Riigikantselei, lk 130
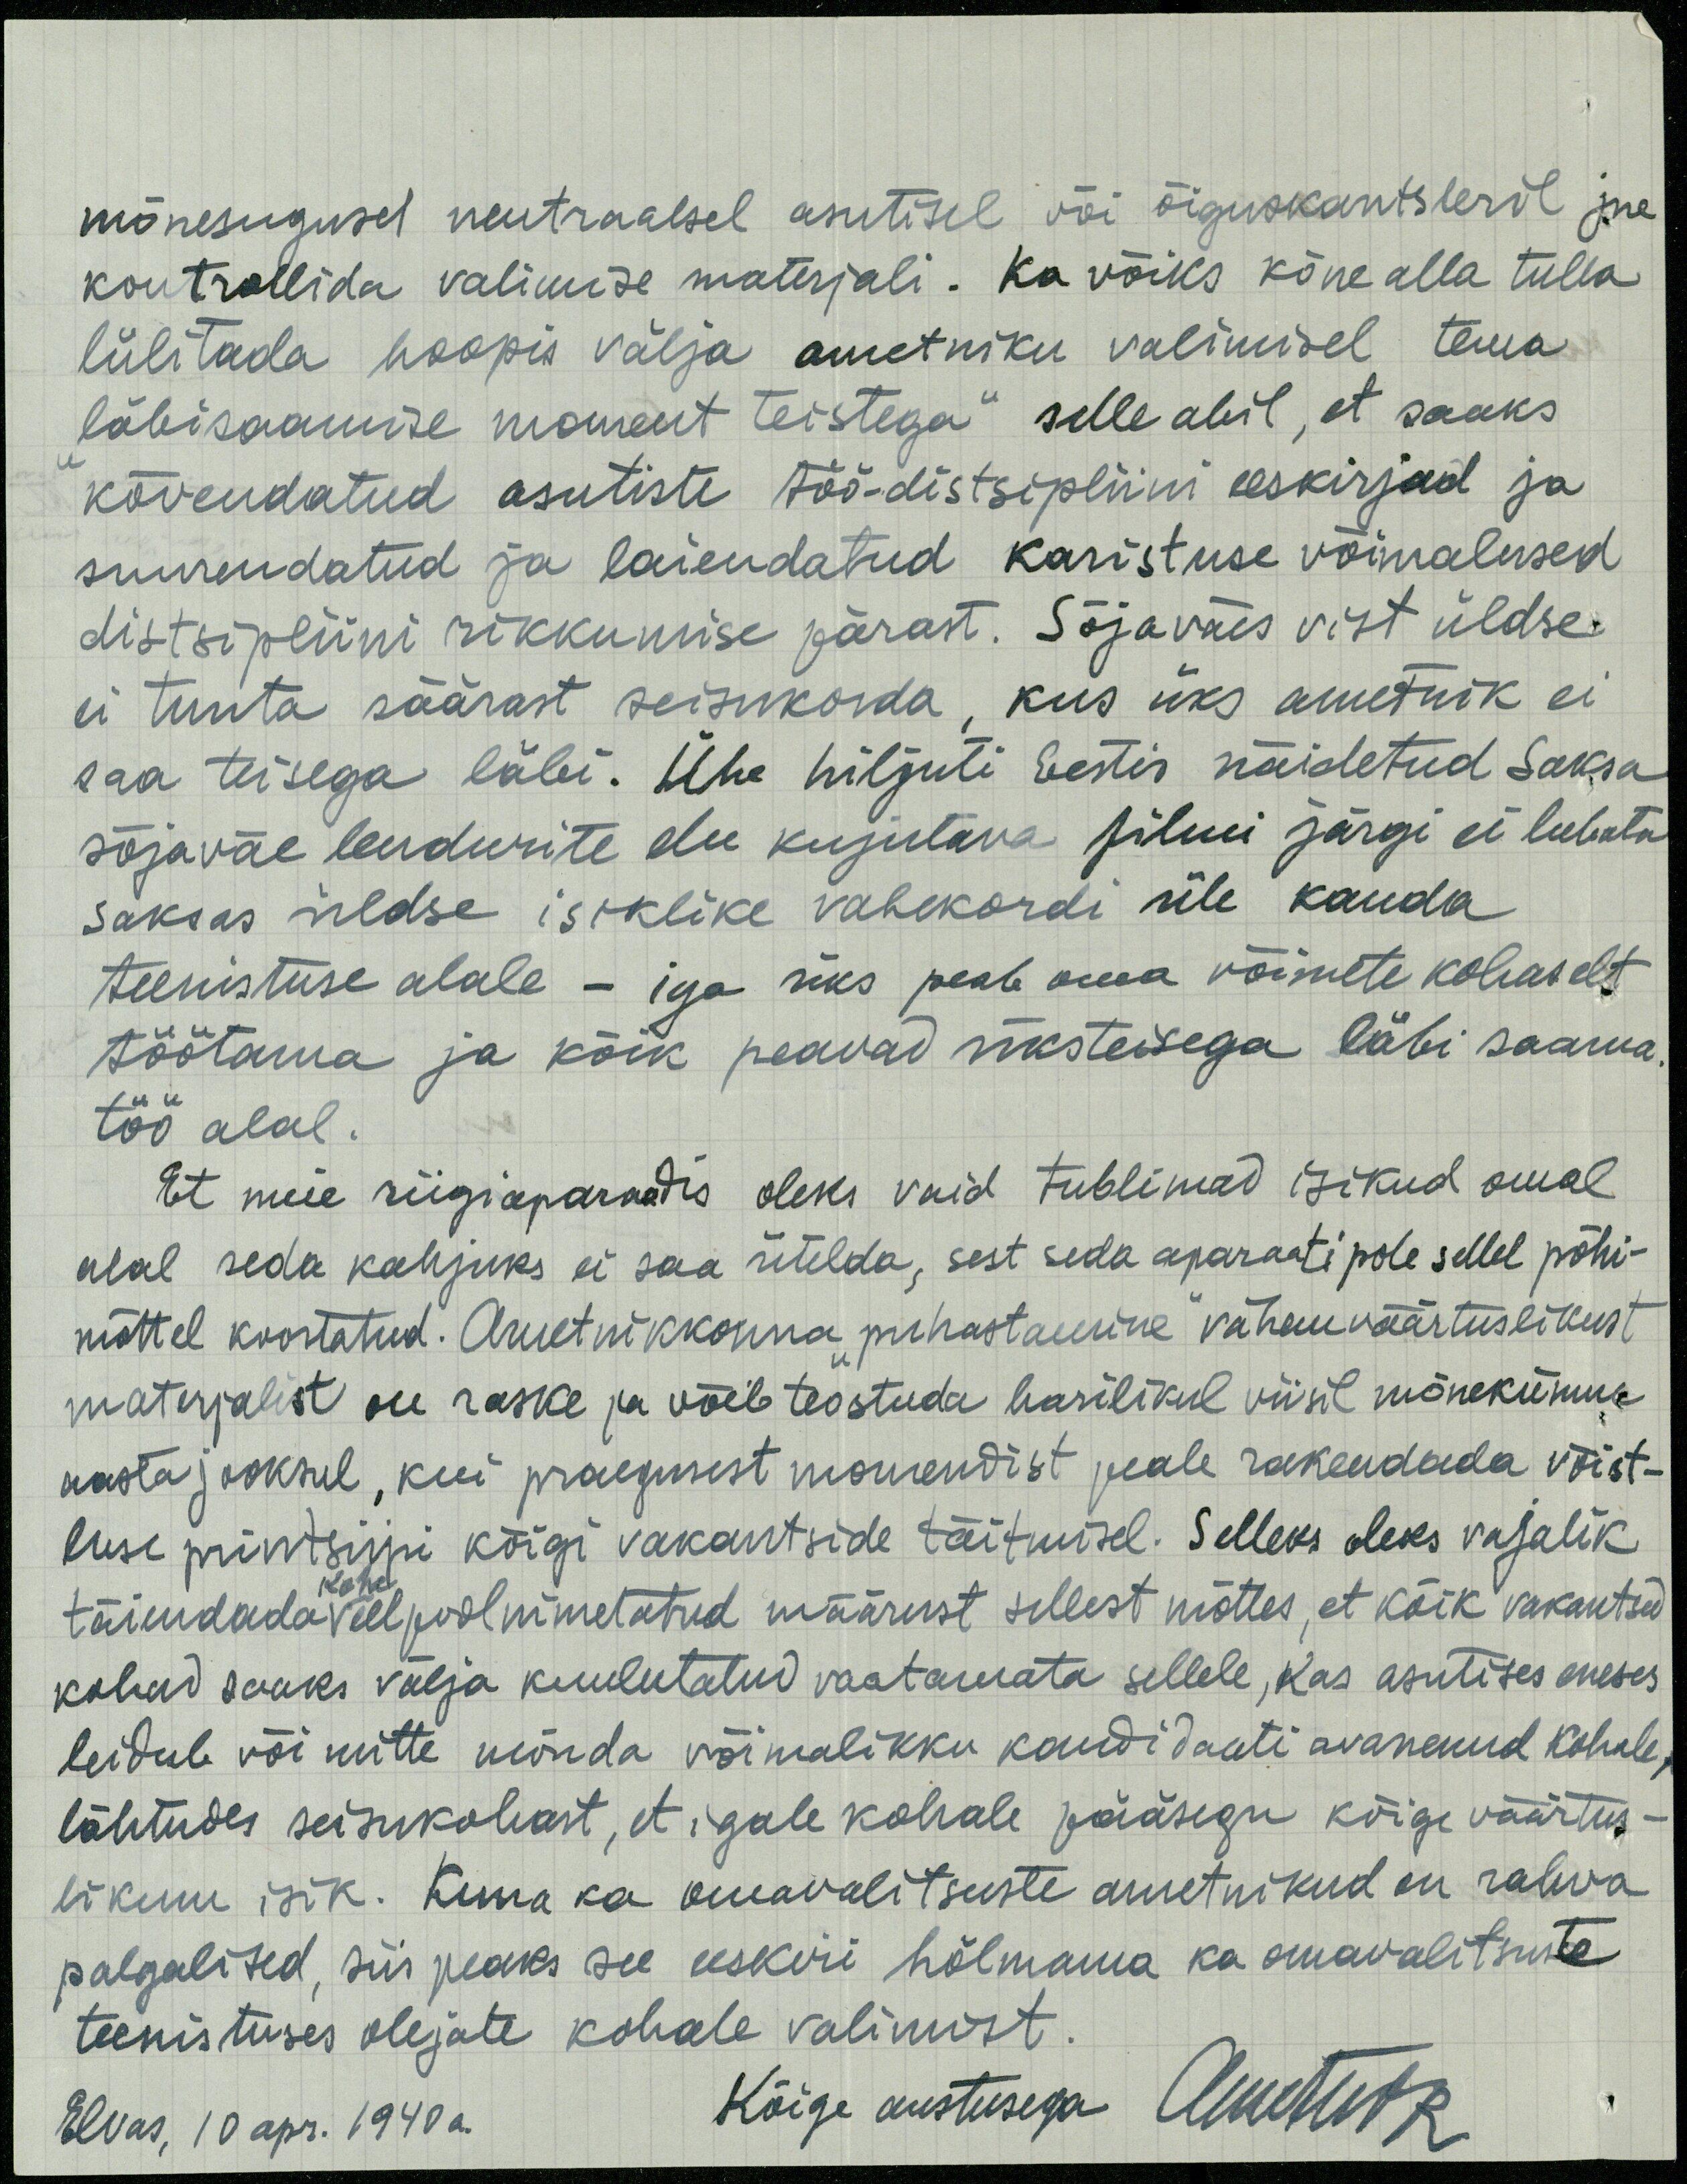
mõnesugusel neutraalsel asutisel või õiguskantsleril jne.
kontrollida valimise materjali. Ka võiks kõne alla tulla
lülitada hoopis välja ametniku valimisel tema
läbisaamise moment teistega" selle abil, et saaks
kõvendatud asutiste töö-distsipliini eeskirjad ja
suurendatud ja laiendatud karistuse võimalused
distsipliini rikkumise pärast. Sõjaväes vist üldse
ei tunta säärast seisukorda, kus üks ametnik ei
saa teisega läbi. Ühe hiljuti Eestis näidetud Saksa
sõjaväe lendurite elu kujutava silmi järgi ei lubata
saksas üldse isiklike vahekordi üle kanda
teenistuse alale - iga siks peab oma võimete kohaselt.
töötama ja kõik peavad mksteisega läbi saama.
töö alal.
Et meie riigiaparaadis oleks vaid tublimad isikud omal
alal seda kahjuks ei saa ütelda, sest seda aparaati pole sellel põhi-
mõttel koostatud. Arvetnikkonna puhastamine vähenväärtuslikust
materjalist on raske ja võib teostuda harilikul viisil mõnekümne
aasta jooksul, kui praegusest momendist peale rakendada võist-
luse printsippi kõigi vakantside täitmisel. Selleks oleks vajalik
täiendada veel pool nimetatud määrust sellest mõttes, et kõik vakantsed
kohe
kohad saaks välja kuulutatud vaatamata sellele, kas asutises eneses
leidub või mitte mõnda võimalikku kandidaati avanenud kohale,
lähtudes seisukohast, et igale kohale pääsegu kõige väärtus-
likum isik. Kuna ka omavalitsuste ametnikud on rahva
palgalised, siis peaks see eeskiri hõlmama ka omavalitsuste
teenistuses olejate kohale valimist.
Elvas, 10 apr. 1940a.
Kõige austusega Ametust